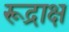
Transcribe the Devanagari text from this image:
रूद्राक्ष